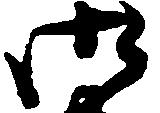
御